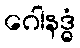
ဂေါနဒ္ဓံ